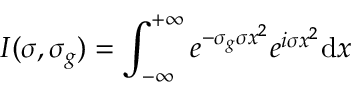
I ( \sigma , \sigma _ { g } ) = \int _ { - \infty } ^ { + \infty } e ^ { - \sigma _ { g } \sigma x ^ { 2 } } e ^ { i \sigma x ^ { 2 } } \mathrm { d } x